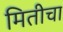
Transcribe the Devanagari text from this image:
मितीचा